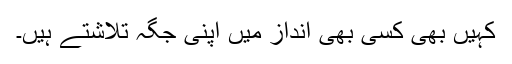
کہیں بھی کسی بھی انداز میں اپنی جگہ تلاشتے ہیں۔